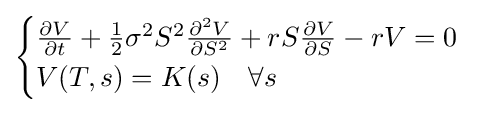
{\begin{cases}{\frac {\partial V}{\partial t}}+{\frac {1}{2}}\sigma ^{2}S^{2}{\frac {\partial ^{2}V}{\partial S^{2}}}+rS{\frac {\partial V}{\partial S}}-rV=0\\V(T,s)=K(s)\quad \forall s\end{cases}}